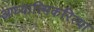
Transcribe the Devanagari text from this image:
आध्यात्मिकरित्या